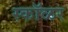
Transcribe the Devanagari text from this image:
स्कॉळर